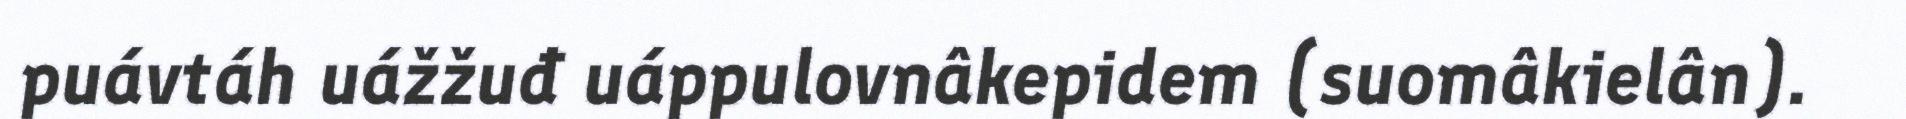
puávtáh uážžuđ uáppulovnâkepidem (suomâkielân).